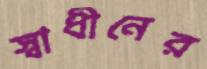
স্বাধীনের